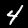
Label: 4